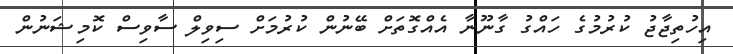
އިހުތިޖާޖު ކުރުމުގެ ހައްގު ގާނޫނާ އެއްގޮތަށް ބޭނުން ކުރުމަށް ސިވިލް ސާވިސް ކޮމިޝަނުން